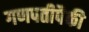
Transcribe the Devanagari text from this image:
गणपतीपैकी